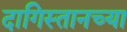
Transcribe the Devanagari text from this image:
दागिस्तानच्या